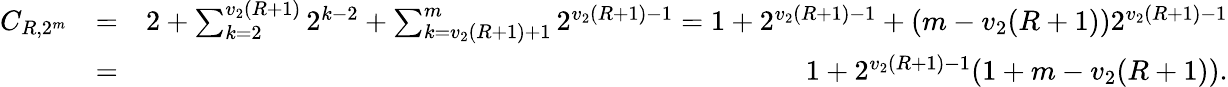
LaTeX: \begin{array}{rlr}{C_{R,2^{m}}}&{=}&{2+\sum_{k=2}^{v_{2}(R+1)}2^{k-2}+\sum_{k=v_{2}(R+1)+1}^{m}2^{v_{2}(R+1)-1}=1+2^{v_{2}(R+1)-1}+(m-v_{2}(R+1))2^{v_{2}(R+1)-1}}\\ &{=}&{1+2^{v_{2}(R+1)-1}(1+m-v_{2}(R+1)).}\end{array}